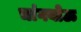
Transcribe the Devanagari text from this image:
चांगयोऊ